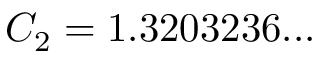
C _ { 2 } = 1 . 3 2 0 3 2 3 6 . . .